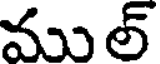
ముల్